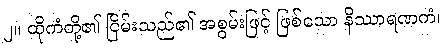
၂။ ထိုကံတို့၏ ငြိမ်းသည်၏ အစွမ်းဖြင့် ဖြစ်သော နိဿာရဏကံ၊